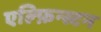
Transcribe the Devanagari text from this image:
एल्फ़िन्स्टन